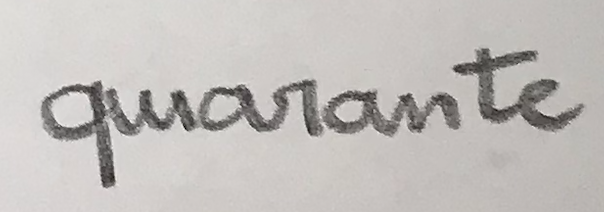
quarante